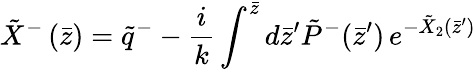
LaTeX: \tilde{X}^{-}\left(\bar{z}\right)=\tilde{q}^{-}-\frac ik\int^{\bar{z}}d\bar{z}^{\prime}\tilde{P}^{-}(\bar{z}^{\prime})\, e^{-\tilde{X}_{2}\left(\bar{z}^{\prime}\right)}